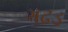
ગઢડ